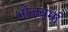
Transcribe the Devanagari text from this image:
भोजवर्मा